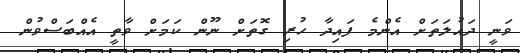
ވަނީ ދައުލަތަށް އެންމެ ފައިދާ ހުރި ގޮތަށް ނޫން ކަމަށް ވާތީ އެއްބަސްވުން